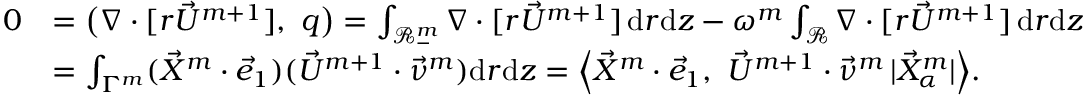
\begin{array} { r l } { 0 } & { = \big ( \nabla \cdot [ r \vec { U } ^ { m + 1 } ] , ~ q \big ) = \int _ { \mathscr { R } _ { - } ^ { m } } \nabla \cdot [ r \vec { U } ^ { m + 1 } ] \, \mathrm { d } r \mathrm { d } z - \omega ^ { m } \int _ { \mathscr { R } } \nabla \cdot [ r \vec { U } ^ { m + 1 } ] \, \mathrm { d } r \mathrm { d } z } \\ & { = \int _ { \Gamma ^ { m } } ( \vec { X } ^ { m } \cdot \vec { e } _ { 1 } ) ( \vec { U } ^ { m + 1 } \cdot \vec { \nu } ^ { m } ) \mathrm { d } r \mathrm { d } z = \Big \langle \vec { X } ^ { m } \cdot \vec { e } _ { 1 } , ~ \vec { U } ^ { m + 1 } \cdot \vec { \nu } ^ { m } \, | \vec { X } _ { \alpha } ^ { m } | \Big \rangle . } \end{array}